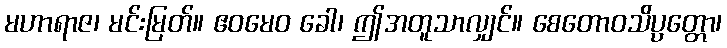
မဟာရာဇ၊ မင်းမြတ်။ ဧဝမေဝ ခေါ၊ ဤအတူသာလျှင်။ စေတောဝသိပ္ပတ္တော၊